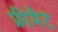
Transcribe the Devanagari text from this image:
फ्रीमैट